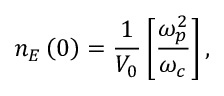
n _ { E } \left( 0 \right) = \frac { 1 } { V _ { 0 } } \left[ \frac { \omega _ { p } ^ { 2 } } { \omega _ { c } } \right] ,